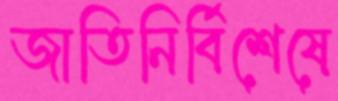
জাতিনির্বিশেষে